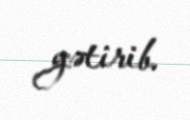
gətirib.